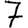
Digit: 7